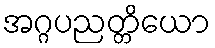
အဂ္ဂပညတ္တိယော